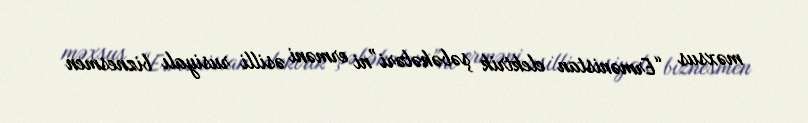
məxsus “Ermənistan elektrik şəbəkələri”ni erməni əsilli rusiyalı biznesmen